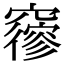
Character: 𥨡